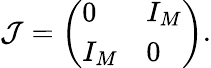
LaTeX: \mathcal{J}=\left(\begin{array}{ll}{0}&{I_{M}}\\ {I_{M}}&{0}\end{array}\right).